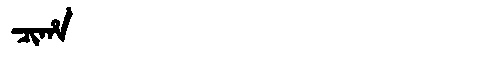
Manchu: ᠴᡳᡥᠠ
Romanization: CIHA